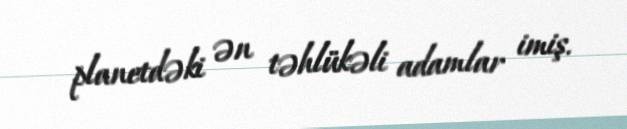
planetdəki ən təhlükəli adamlar imiş.